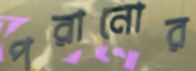
পরানোর